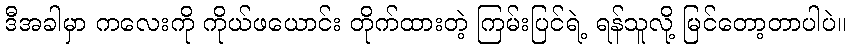
ဒီအခါမှာ ကလေးကို ကိုယ်ဖယောင်း တိုက်ထားတဲ့ ကြမ်းပြင်ရဲ့ ရန်သူလို့ မြင်တော့တာပါပဲ။